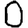
Digit: 0